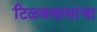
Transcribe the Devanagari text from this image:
टिळकवाद्यांचा